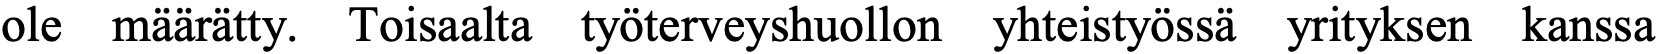
ole määrätty. Toisaalta työterveyshuollon yhteistyössä yrityksen kanssa